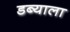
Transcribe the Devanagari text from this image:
डब्याला